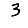
Digit: 3